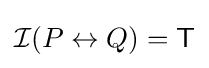
{\mathcal {I}}(P\leftrightarrow Q)={\mathsf {T}}